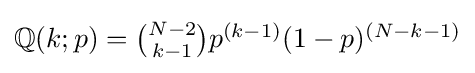
\textstyle \mathbb {Q} (k;p)={N-2 \choose k-1}p^{(k-1)}(1-p)^{(N-k-1)}